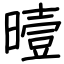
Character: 曀